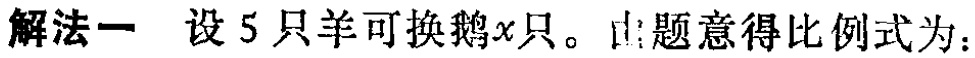
解法一 设5只羊可换鹅\(x\)只。由题意得比例式为：